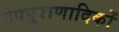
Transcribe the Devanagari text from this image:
उपपुराणादिकों